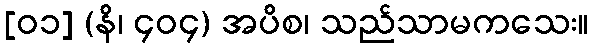
[၀၁] (နိ၊ ၄၀၄) အပိစ၊ သည်သာမကသေး။